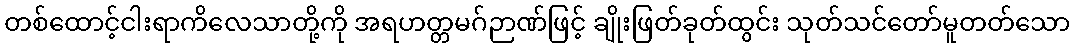
တစ်ထောင့်ငါးရာကိလေသာတို့ကို အရဟတ္တမဂ်ဉာဏ်ဖြင့် ချိုးဖြတ်ခုတ်ထွင်း သုတ်သင်တော်မူတတ်သော